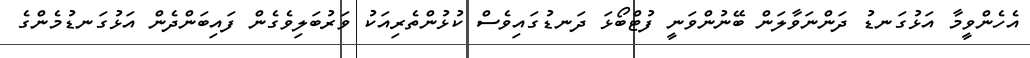
އެހެންވީމާ އަޅުގަނޑު ދަންނަވާލަން ބޭނުންވަނީ ފުޓްބޯޅަ ދަނޑުގައިވެސް ކުޅުންތެރިއަކު ވަރުބަލިވެގެން ފައިބަންދެން އަޅުގަނޑުމެންގެ